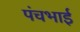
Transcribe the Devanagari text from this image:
पंचभाई